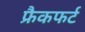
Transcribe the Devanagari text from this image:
फ्रैकफर्ट